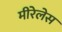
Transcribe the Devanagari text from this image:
मीरेलेस